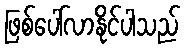
ဖြစ်ပေါ်လာနိုင်ပါသည်